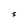
Character: S